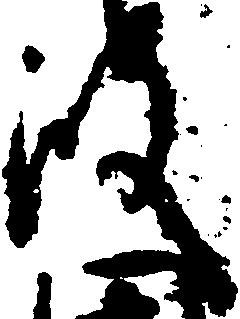
殿